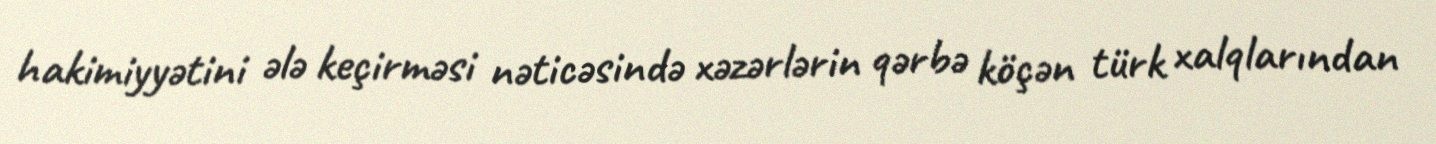
hakimiyyətini ələ keçirməsi nəticəsində xəzərlərin qərbə köçən türk xalqlarından